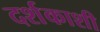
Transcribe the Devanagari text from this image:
दर्शकाशी